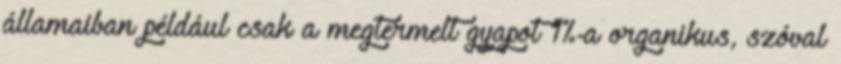
államaiban például csak a megtermelt gyapot 1%-a organikus, szóval